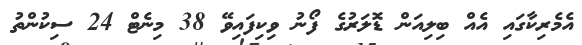
އެމެރިކާގައި އެއް ބިލިއަން ޑޮލަރުގެ ފޯނު ވިކިފައިވޭ 38 މިނެޓް 24 ސިކުންތު